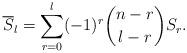
LaTeX: \begin{align*}{\overline S_{l}}= \sum_{r=0}^{l} (-1)^r {{n-r}\choose l-r} S_{r} .\end{align*}